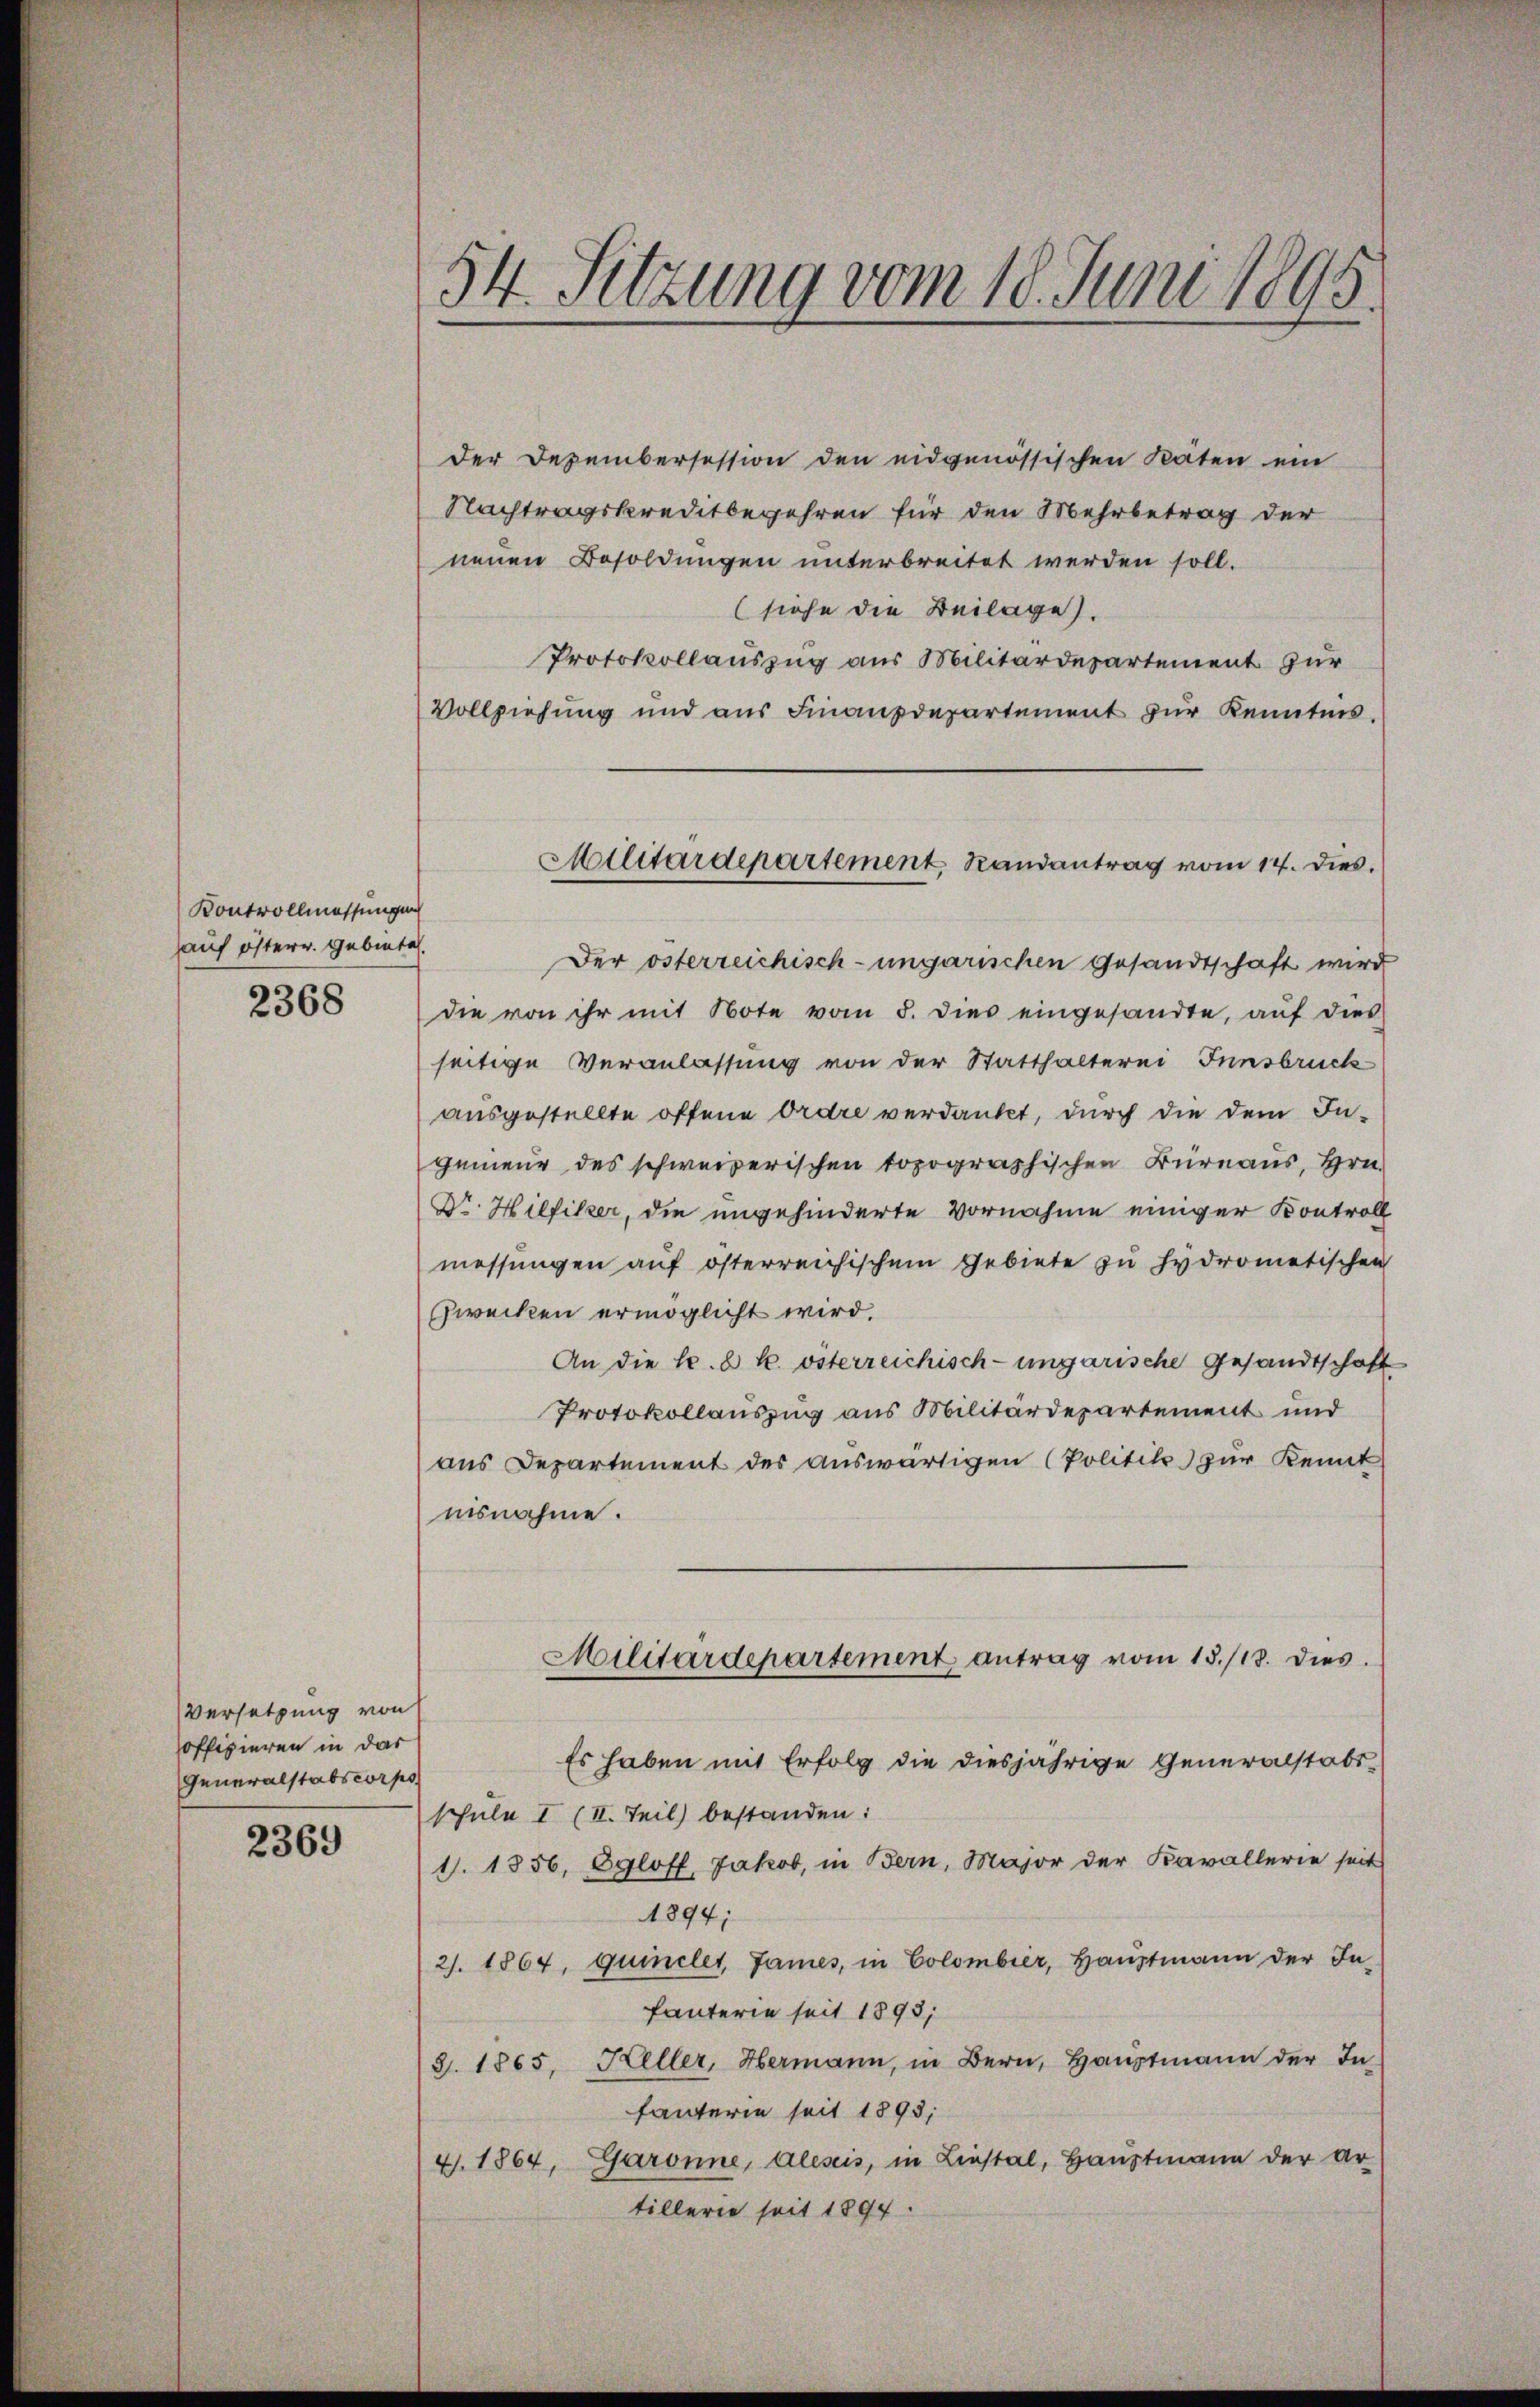
Kontrollmassungen
hauf österr. Gebiete.

2368

Versetzung von
offizieren in dar
Generalstabscorpo

2369

54. Sitzung vom 18. Juni 1895.

Der Dezembersession den eidgenössischen Räten ein
Nachtragskreditbegehren für den Mehrbetrag der
nenen Besoldungen unterbreitet werden soll.
(siehe die Beilage).
Protokollauszug aus Militärdepartement zur
Vollziehung und aŭs Finanzdepartement zŭr Kenntnis.
Der österreichisch-ungarischen Gesandtschaft wird
die von ihr mit Note vom 5. dies eingesandte, aŭf dies
seitige Veranlassung von der Statthalterei Innsbruck
ausgestellte offene Ordre verdankt, durch die dem In-
genieur des schweizerischen topographischen Büreaus, Hrn.
Dr. Hilfiker, die angehinderte Vornahme einiger Kontroll
messungen aŭf österreichischem Gebiete zŭ hydrometischen
Zwecken ermöglicht wird.
An die l. 2 k. österreichisch-ungarische Gesandtschaft
Protokollauszug aus Militärdepartement und
aus Departement des auswärtigen (Politik zur Kennt
nisnahme.
Militärdepartement antrag vom 15./18. dies
Es haben mit Erfolg die diesjährige Generalstabs-
schule I (II. Teil bestanden:
1. 1856. Egloff, Jakob, in Bern, Major der Kavallerie seit
A894;
2). 1864, quinclet, James, in Colombier, Hauptmann der In-
fanterie seit 1893,
3. 1865, Heller, Hermann, in Bern, Hauptmann der In-
fauterie seit 1893,
Garonne, Alesis, in Liestal, Hauptmann der ar
4. 1864,
tillerie seit 1894.

Militärdepartement Randantrag vom 14. dies.